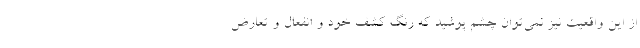
از اين واقعيت نيز نمي‌توان چشم پوشيد كه رنگ كشف خود و انفعال و تعارض